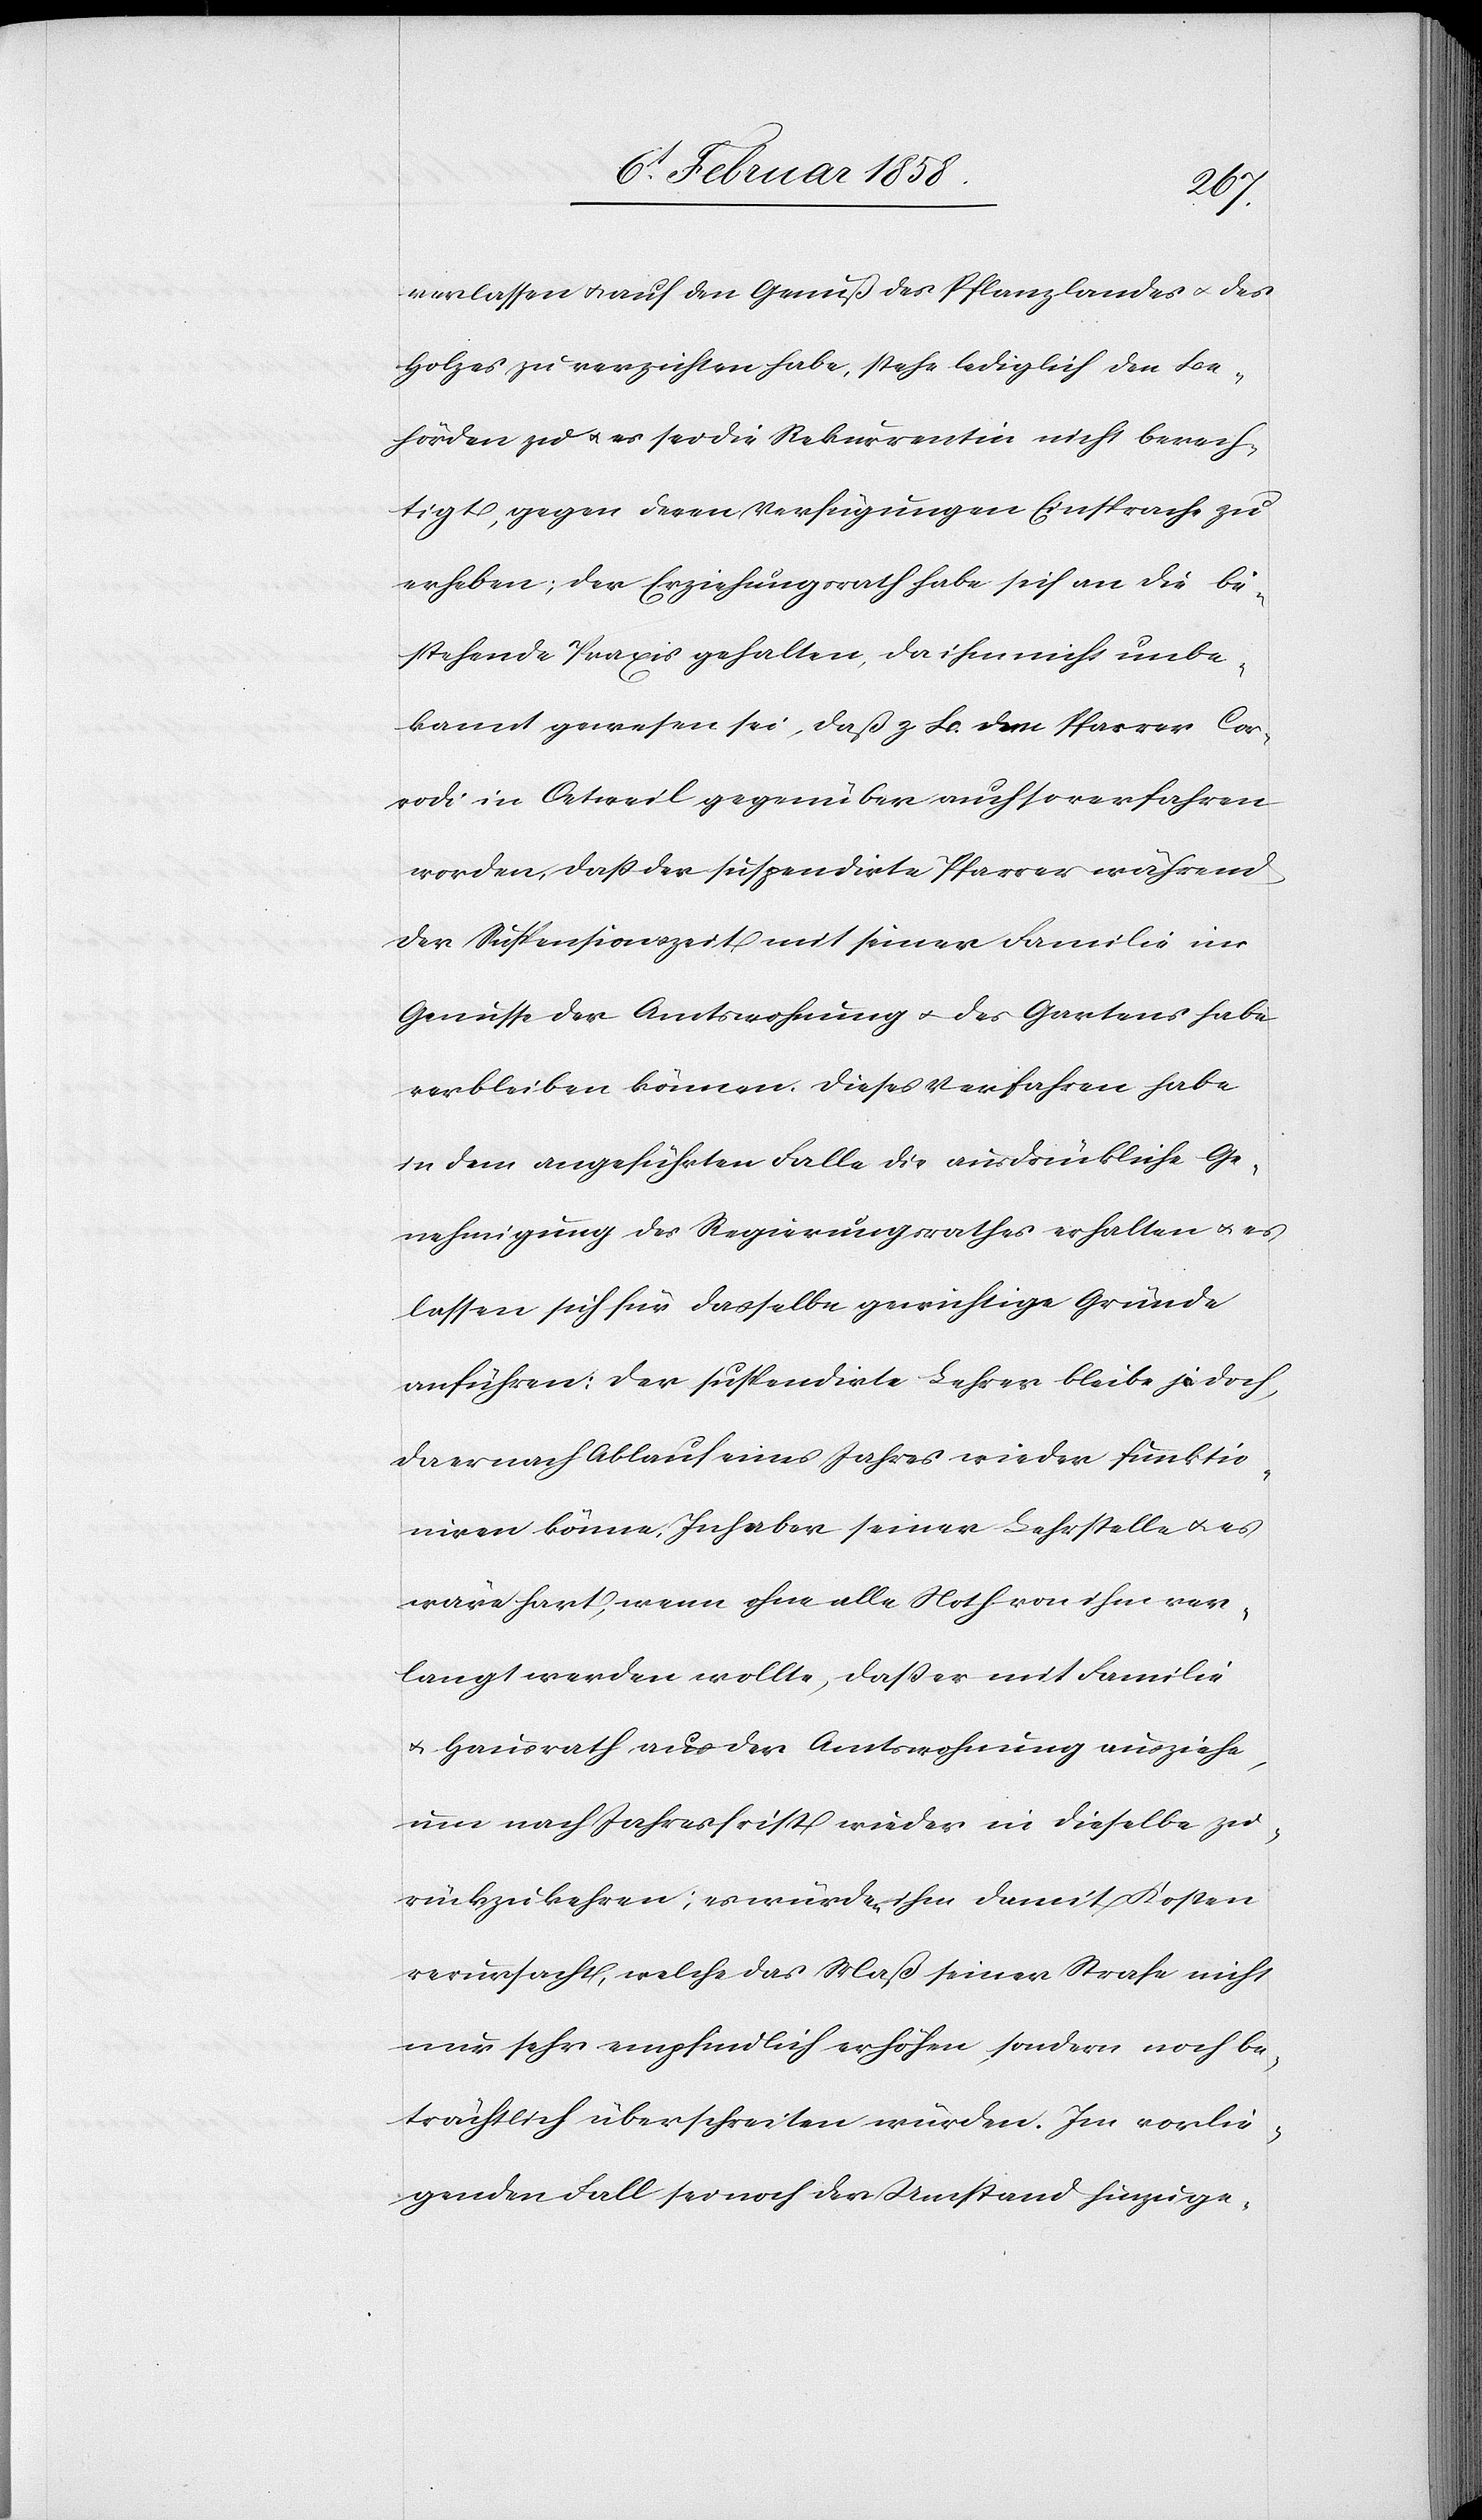
verlassen u. auf den Genuß des Pflanzlandes u. des
Holzes zu verzichten habe, stehe lediglich den Be¬
hörden zu u. es sei die Rekurrentin nicht berech¬
tigt, gegen deren Verfügungen Einsprache zu
erheben; der Erziehungsrath habe sich an die be¬
stehende Praxis gehalten, da ihm nicht unbe¬
kannt gewesen sei, daß z. B. dem Pfarrer Cor¬
rodi in Oetweil gegenüber auch so verfahren
worden, daß der suspendirte Pfarrer während
der Suspensionszeit mit seiner Familie im
Genusse der Amtswohnung u. des Gartens habe
verbleiben können. Dieses Verfahren habe
in dem angeführten Falle die ausdrückliche Ge¬
nehmigung des Regierungsrathes erhalten u. es
lassen sich für dasselbe gewichtige Gründe
anführen: Der suspendirte Lehrer bleibe jedoch,
da er nach Ablauf eines Jahres wieder funktio¬
niren könne, Inhaber seiner Lehrstelle u. es
wäre hart, wenn ohne alle Noth von ihm ver¬
langt werden wollte, daß er mit Familie
u. Hausrath aus der Amtswohnung ausziehe,
um nach Jahresfrist wieder in dieselbe zu¬
rückzukehren; es würden ihm damit Kosten
verursacht, welche das Maß seiner Strafe nicht
nur sehr empfindlich erhöhen, sondern noch be¬
trächtlich überschreiten würden. Im vorlie¬
genden Fall sei noch der Umstand hinzuge-